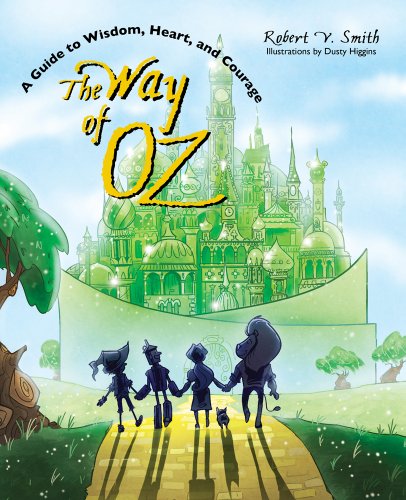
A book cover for The Way of Oz: A Guide to Wisdom, Heart, and Courage; Robert V. Smith; Teen & Young Adult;